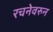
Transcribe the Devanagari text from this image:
रचनेवरुन